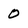
Character: 0